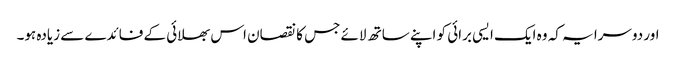
اور دوسرا یہ کہ وہ ایک ایسی برائی کو اپنے ساتھ لائے جس کا نقصان اس بھلائی کے فائدے سے زیادہ ہو۔